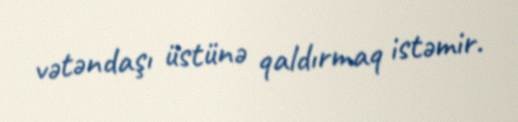
vətəndaşı üstünə qaldırmaq istəmir.